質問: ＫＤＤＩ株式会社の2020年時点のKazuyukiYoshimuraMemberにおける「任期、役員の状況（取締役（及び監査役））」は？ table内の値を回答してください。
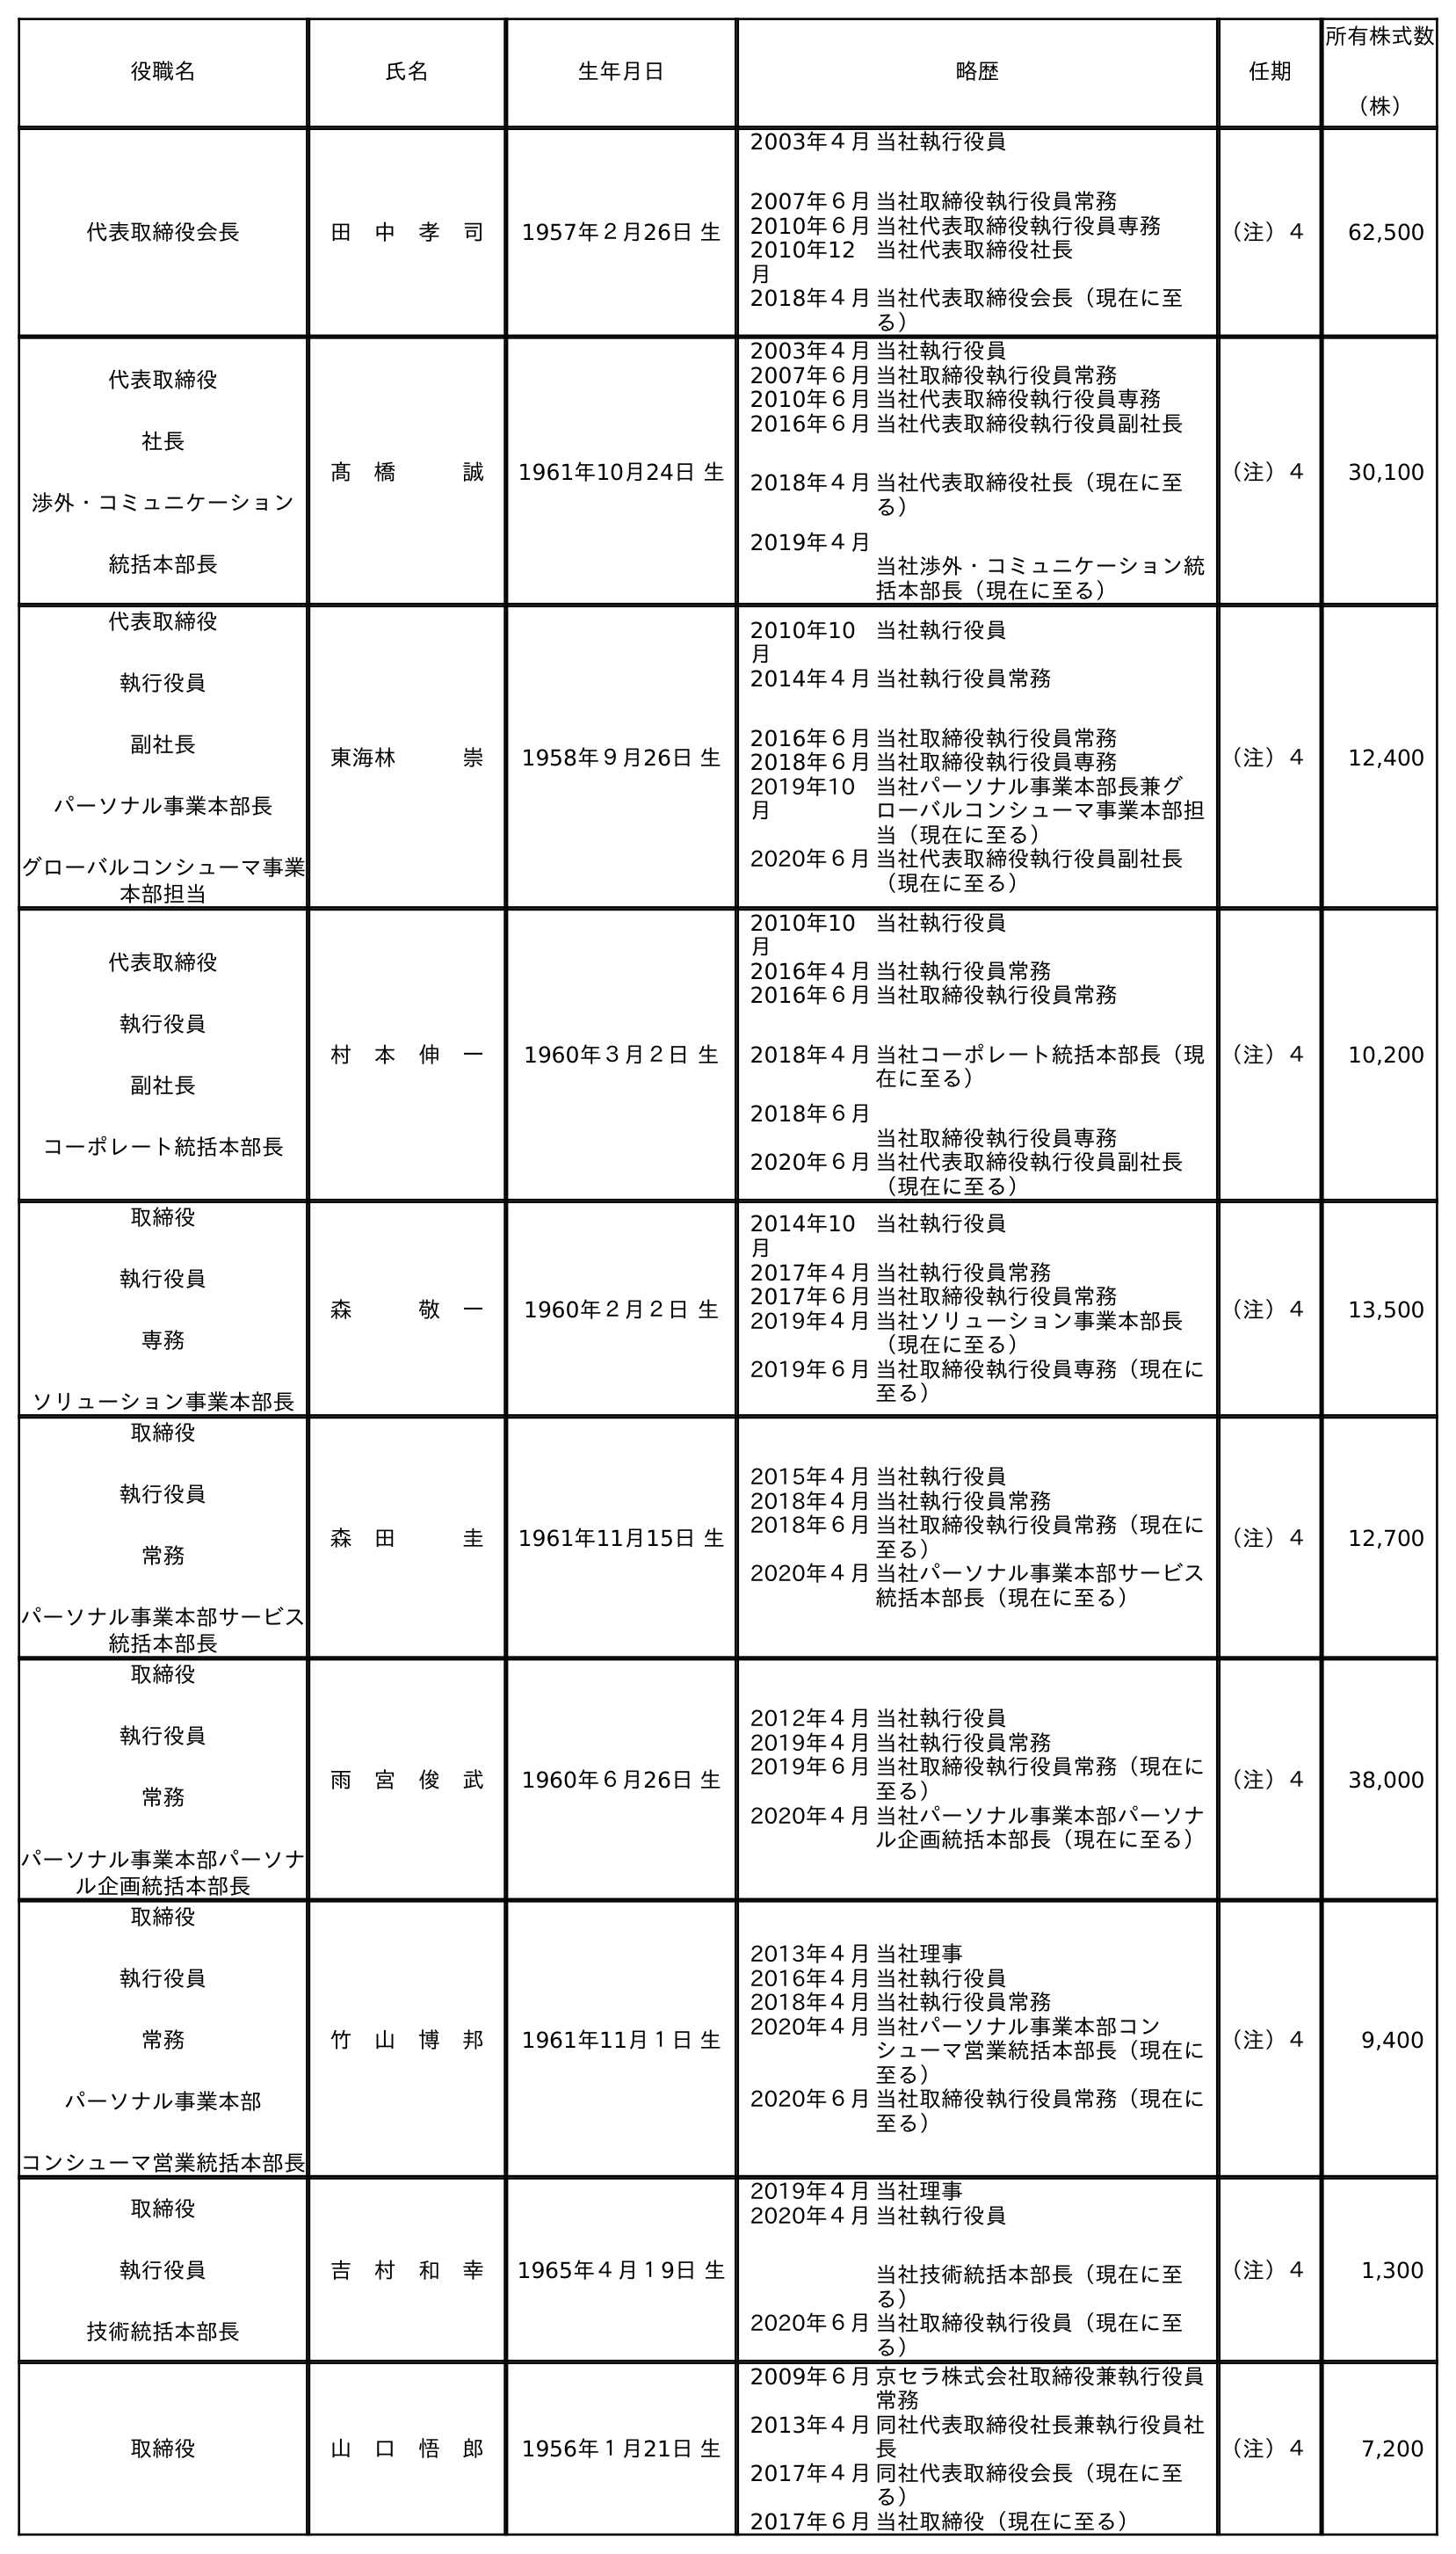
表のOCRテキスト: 役職名 氏名 生年月日 略歴 任期 所有株式数 （株） 代表取締役会長 田 中 孝 司 1957年２月26日 生 2003年４月 2007年６月 当社執行役員 当社取締役執行役員常務 2010年６月当社代表取締役執行役員専務 2010年12 月 当社代表取締役社長 2018年４月当社代表取締役会長（現在に至 る） （注）４ 62,500 代表取締役 社長 渉外・コミュニケーション 統括本部長 髙 橋   誠 1961年10月24日 生 2003年４月当社執行役員 2007年６月当社取締役執行役員常務 2010年６月当社代表取締役執行役員専務 2016年６月 2018年４月 2019年４月 当社代表取締役執行役員副社長 当社代表取締役社長（現在に至 る） 当社渉外・コミュニケーション統 括本部長（現在に至る） （注）４ 30,100 代表取締役 執行役員 副社長 パーソナル事業本部長 グローバルコンシューマ事業 本部担当 東海林   崇 1958年９月26日 生 2010年10 月 当社執行役員 2014年４月 2016年６月 当社執行役員常務 当社取締役執行役員常務 2018年６月当社取締役執行役員専務 2019年10 月 当社パーソナル事業本部長兼グ ローバルコンシューマ事業本部担 当（現在に至る） 2020年６月当社代表取締役執行役員副社長 （現在に至る） （注）４ 12,400 代表取締役 執行役員 副社長 コーポレート統括本部長 村 本 伸 一 1960年３月２日 生 2010年10 月 当社執行役員 2016年４月当社執行役員常務 2016年６月 2018年４月 2018年６月 当社取締役執行役員常務 当社コーポレート統括本部長（現 在に至る） 当社取締役執行役員専務 2020年６月当社代表取締役執行役員副社長 （現在に至る） （注）４ 10,200 取締役 執行役員 専務 ソリューション事業本部長 森   敬 一 1960年２月２日 生 2014年10 月 当社執行役員 2017年４月当社執行役員常務 2017年６月当社取締役執行役員常務 2019年４月当社ソリューション事業本部長 （現在に至る） 2019年６月当社取締役執行役員専務（現在に 至る） （注）４ 13,500 取締役 執行役員 常務 パーソナル事業本部サービス 統括本部長 森 田   圭 1961年11月15日 生 2015年４月当社執行役員 2018年４月当社執行役員常務 2018年６月当社取締役執行役員常務（現在に 至る） 2020年４月当社パーソナル事業本部サービス 統括本部長（現在に至る） （注）４ 12,700 取締役 執行役員 常務 パーソナル事業本部パーソナ ル企画統括本部長 雨 宮 俊 武 1960年６月26日 生 2012年４月当社執行役員 2019年４月当社執行役員常務 2019年６月当社取締役執行役員常務（現在に 至る） 2020年４月当社パーソナル事業本部パーソナ ル企画統括本部長（現在に至る） （注）４ 38,000 取締役 執行役員 常務 パーソナル事業本部 コンシューマ営業統括本部長 竹 山 博 邦 1961年11月１日 生 2013年４月当社理事 2016年４月当社執行役員 2018年４月当社執行役員常務 2020年４月当社パーソナル事業本部コン シューマ営業統括本部長（現在に 至る） 2020年６月当社取締役執行役員常務（現在に 至る） （注）４ 9,400 取締役 執行役員 技術統括本部長 吉 村 和 幸 1965年４月１9日 生 2019年４月当社理事 2020年４月当社執行役員 当社技術統括本部長（現在に至 る） 2020年６月当社取締役執行役員（現在に至 る） （注）４ 1,300 取締役 山 口 悟 郎 1956年１月21日 生 2009年６月京セラ株式会社取締役兼執行役員 常務 2013年４月同社代表取締役社長兼執行役員社 長 2017年４月同社代表取締役会長（現在に至 る） 2017年６月当社取締役（現在に至る） （注）４ 7,200
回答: （注）４